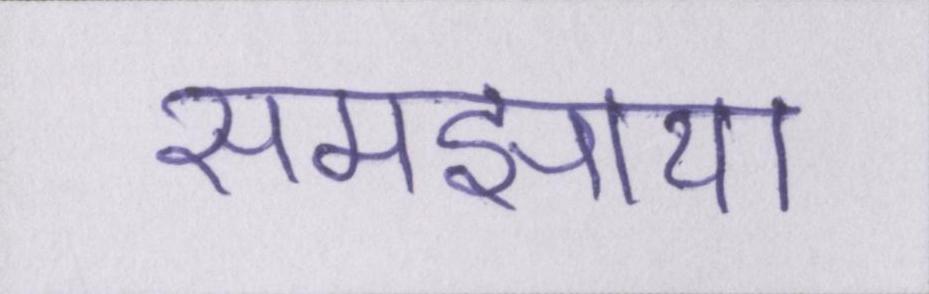
समझाया